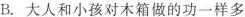
B.大人和小孩对木箱做的功一样多